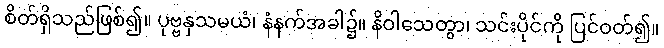
စိတ်ရှိသည်ဖြစ်၍။ ပုဗ္ဗနှသမယံ၊ နံနက်အခါ၌။ နိဝါသေတွာ၊ သင်းပိုင်ကို ပြင်ဝတ်၍။